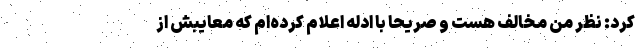
کرد: نظر من مخالف هست و صریحا با ادله اعلام کرده‌ام که معایبش از